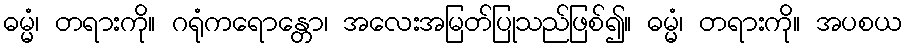
ဓမ္မံ၊ တရားကို။ ဂရုံကရောန္တော၊ အလေးအမြတ်ပြုသည်ဖြစ်၍။ ဓမ္မံ၊ တရားကို။ အပစယ